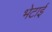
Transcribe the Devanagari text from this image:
भेटाई